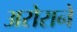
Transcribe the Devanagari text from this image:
अरोराने